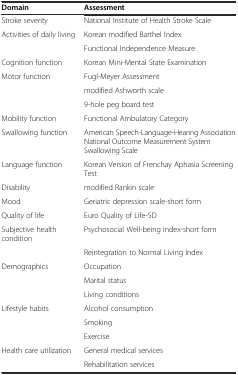
<table><thead><tr><td><b>Domain</b></td><td><b>Assessment</b></td></tr></thead><tbody><tr><td>Stroke severity</td><td>National Institute of Health Stroke Scale</td></tr><tr><td>Activities of daily living</td><td>Korean modified Barthel Index</td></tr><tr><td></td><td>Functional Independence Measure</td></tr><tr><td>Cognition function</td><td>Korean Mini-Mental State Examination</td></tr><tr><td>Motor function</td><td>Fugl-Meyer Assessment</td></tr><tr><td></td><td>modified Ashworth scale</td></tr><tr><td></td><td>9-hole peg board test</td></tr><tr><td>Mobility function</td><td>Functional Ambulatory Category</td></tr><tr><td>Swallowing function</td><td>American Speech-Language-Hearing Association National Outcome Measurement System Swallowing Scale</td></tr><tr><td>Language function</td><td>Korean Version of Frenchay Aphasia Screening Test</td></tr><tr><td>Disability</td><td>modified Rankin scale</td></tr><tr><td>Mood</td><td>Geriatric depression scale-short form</td></tr><tr><td>Quality of life</td><td>Euro Quality of Life-5D</td></tr><tr><td>Subjective health condition</td><td>Psychosocial Well-being index-short form</td></tr><tr><td></td><td>Reintegration to Normal Living Index</td></tr><tr><td>Demographics</td><td>Occupation</td></tr><tr><td></td><td>Marital status</td></tr><tr><td></td><td>Living conditions</td></tr><tr><td>Lifestyle habits</td><td>Alcohol consumption</td></tr><tr><td></td><td>Smoking</td></tr><tr><td></td><td>Exercise</td></tr><tr><td>Health care utilization</td><td>General medical services</td></tr><tr><td></td><td>Rehabilitation services</td></tr></tbody></table>